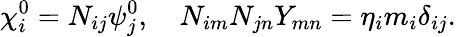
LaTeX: \chi_{i}^{0}=N_{ij}\psi_{j}^{0},\quad N_{im}N_{jn}Y_{mn}=\eta_{i}m_{i}\delta_{ij}.